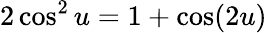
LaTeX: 2\cos^{2}u=1+\cos(2u)